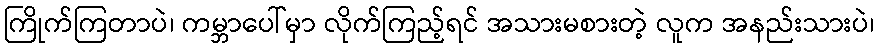
ကြိုက်ကြတာပဲ၊ ကမ္ဘာပေါ်မှာ လိုက်ကြည့်ရင် အသားမစားတဲ့ လူက အနည်းသားပဲ၊